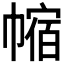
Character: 𪩻